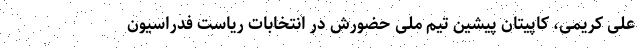
علی کریمی، کاپیتان پیشین تیم ملی حضورش در انتخابات ریاست فدراسیون